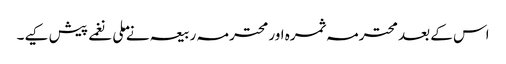
اس کے بعد محترمہ ثمرہ اور محترمہ ربیعہ نے ملی نغمے پیش کیے۔